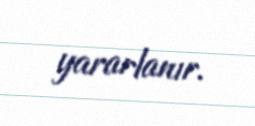
yararlanır.